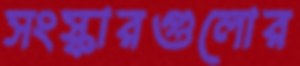
সংস্কারগুলোর